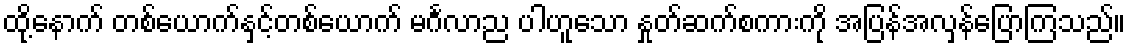
ထို့နောက် တစ်ယောက်နှင့်တစ်ယောက် မင်္ဂလာည ပါဟူသော နှုတ်ဆက်စကားကို အပြန်အလှန်ပြောကြသည်။